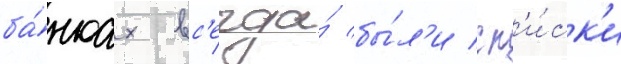
ба́нках вс'егда́ бы́л'и сп'и́ск'и